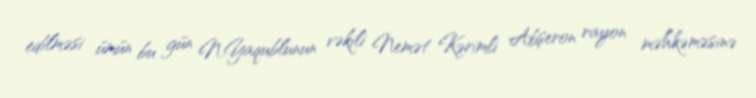
edilməsi ümün bu gün N.Yaqublunun vəkili Nemət Kərimli Abşeron rayon məhkəməsinə